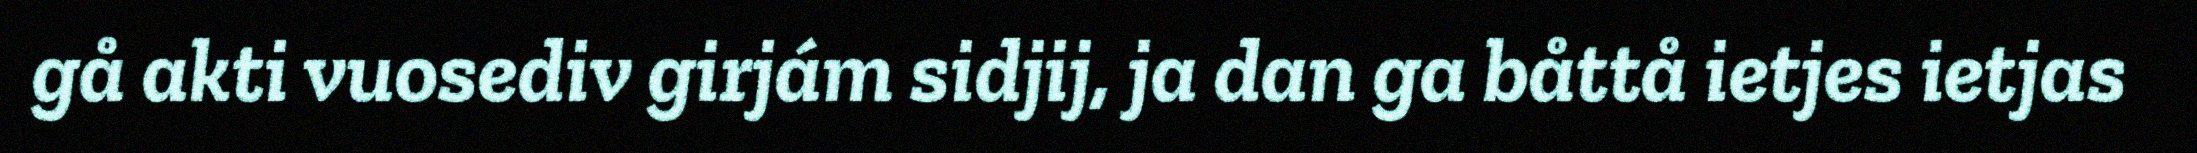
gå akti vuosediv girjám sidjij, ja dan ga båttå ietjes ietjas